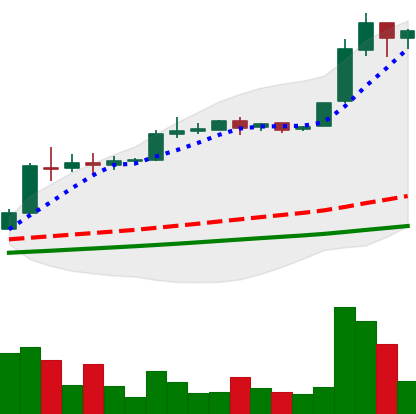
Ticker: BTC-USD
Chart end date: 2016-06-15
Forward return: 6.157%
Label: up_5_7